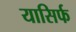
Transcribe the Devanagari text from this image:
यासिर्फ